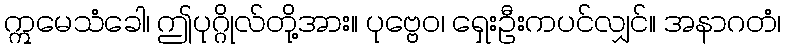
ဣမေသံခေါ၊ ဤပုဂ္ဂိုလ်တို့အား။ ပုဗ္ဗေဝ၊ ရှေးဦးကပင်လျှင်။ အနာဂတံ၊